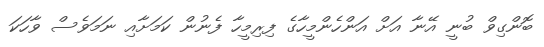
ބޮންގިވް ބުނީ އޭނާ އަށް އަންހެންމީހާގެ ފިރިމީހާ ފެނުން ކަމަށާއި ނަމަވެސް ވާހަކަ